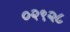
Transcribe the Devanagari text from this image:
०२९२८